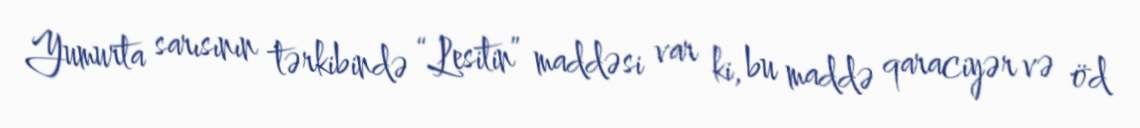
Yumurta sarısının tərkibində “Lesitin” maddəsi var ki, bu maddə qaraciyər və öd